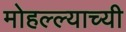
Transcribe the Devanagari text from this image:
मोहल्ल्याच्यी